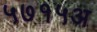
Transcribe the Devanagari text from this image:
५७१५अ